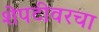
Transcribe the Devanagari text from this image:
शेपटीवरचा